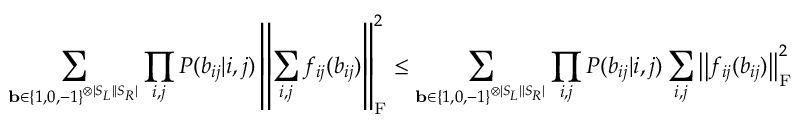
\sum _ { \mathbf { b } \in \{ 1 , 0 , - 1 \} ^ { \otimes | S _ { L } | | S _ { R } | } } \prod _ { i , j } P ( b _ { i j } | i , j ) \left| \left| \sum _ { i , j } f _ { i j } ( b _ { i j } ) \right| \right| _ { \mathrm { F } } ^ { 2 } \le \sum _ { \mathbf { b } \in \{ 1 , 0 , - 1 \} ^ { \otimes | S _ { L } | | S _ { R } | } } \prod _ { i , j } P ( b _ { i j } | i , j ) \sum _ { i , j } \left| \left| f _ { i j } ( b _ { i j } ) \right| \right| _ { \mathrm { F } } ^ { 2 }